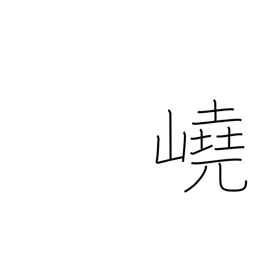
Meaning: towering